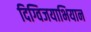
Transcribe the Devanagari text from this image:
दिग्विजयाभियान